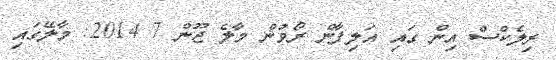
ރިލެކްސް އިން ގައި އަލިފާން ރޯވުން މާލެ ޖޫން 7 2014: މާލޭގައި